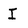
Character: I